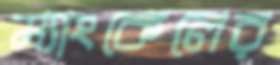
ম্যাংকেলের